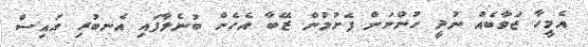
އެމީހާ ޖަވާބެއް ނުދީ ހުންނަން ފެށުމުން ޒޭބާ އެހެން ބުނެލާފައި އެނބުރި އައިސް